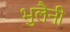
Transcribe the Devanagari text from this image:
भुलैनी